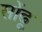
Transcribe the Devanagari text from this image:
सोंढू